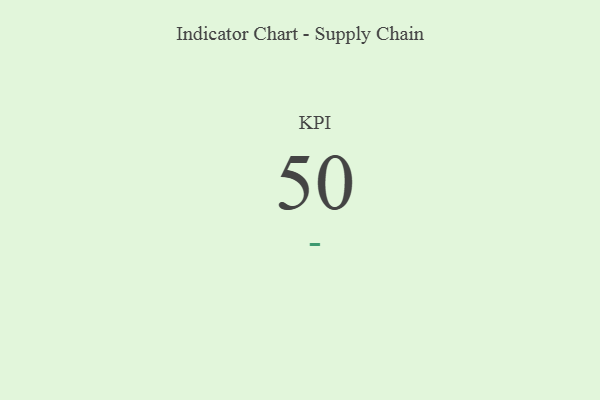
{"axis": {"x": "KPI", "y": "Value"}, "legend": [""], "data": [{"x": "KPI", "y": 50, "type": ""}]}